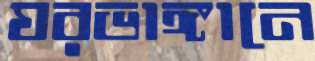
ঘরভাঙ্গানে